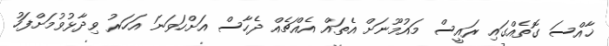
ޚާއްސަ ގޮތެއްގައި ރައީސް މައުމޫނަށް އެތައް އެއްޗެއް ދެހާސް އަށްހަވަނަ އަހަރު ވިދާޅުވުމަށްފަހު